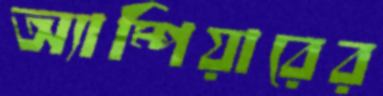
অ্যাম্পিয়ারের